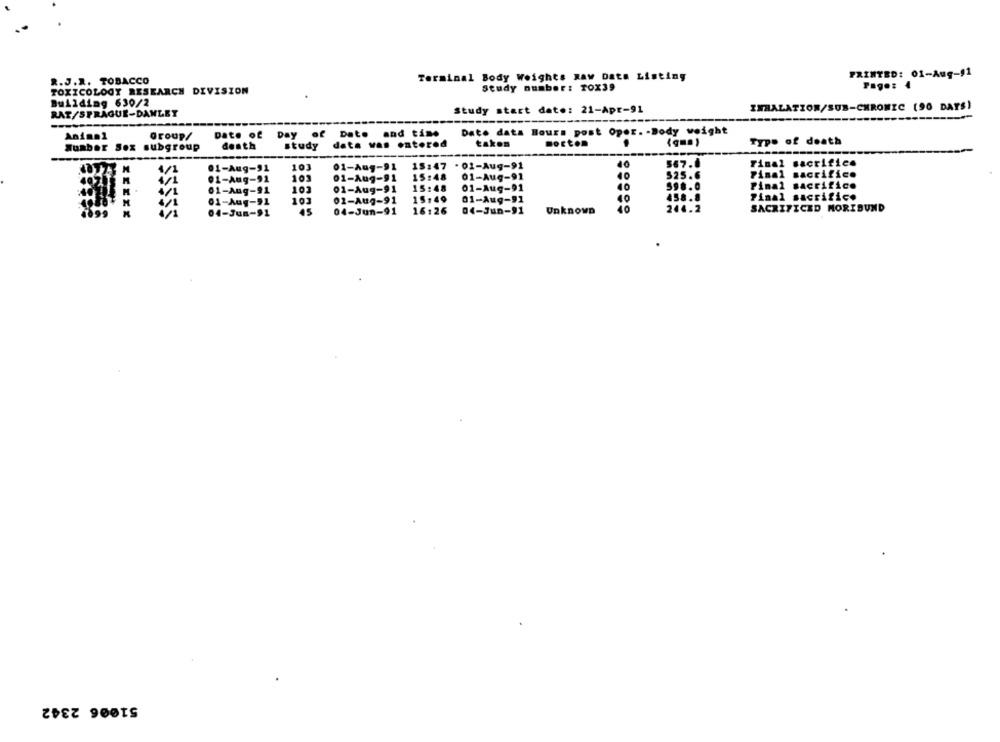
PRINTED: 01-Aug-11
R.J.R. TOBACCO
Terminal Body Weights Raw Data Listing
TOXICOLOGY RESEARCH DIVISION
study number: TOX39
Building 630/2
RAT/SPRAGUE-DANLET
Study start date: 21-Apr-91
INHALATION/SUR-CHROMIC (90 DAYS)
Date of Day of Date and time
Dato data Bours post Oper. - Body weight
Animal
Group/
morton
Typo of death
Sumber Sex subgroup
death
study
data was ontorod
taken
567.0
Final sacrifice
01-Aug-91
10]
01-Aug-91
15:47
- 01-Aug-91
01-Aug-91
101
01-Aug-91
15:48
01-Aug-91
40
525.6
Final sacrifice
40
598.0
Pimal sacrifice
01-Aug-91
103
01-Aug-91
15:48
01-Aug-91
01-Aug-91
103
02-Aug-91
15.49
01-Aug-91
40
458.8
Final sacrifice
M
244.2
SACRIFICED MORIBUND
SSSSS
04-Jun-91
45
04-Jun-91
16:26
04-Jun-91
Unknown
40
51006 2342